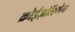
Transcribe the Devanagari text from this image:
क्रोईज़लिंगेन